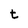
Character: t